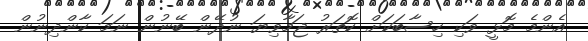
އެންމެ މޮޅީ ވަކި ހިސާބަކަށް ކޮތަރު ޖަމާވިޔަ ނުދޭން ބޭނުން ނަމަ ކާންދިނުން